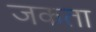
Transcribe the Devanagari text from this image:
जकता